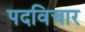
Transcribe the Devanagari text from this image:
पदविचार